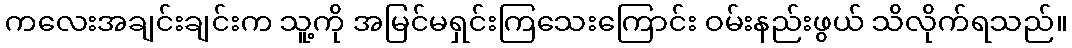
ကလေးအချင်းချင်းက သူ့ကို အမြင်မရှင်းကြသေးကြောင်း ဝမ်းနည်းဖွယ် သိလိုက်ရသည်။